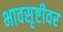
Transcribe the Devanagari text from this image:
भावसृष्टीवर